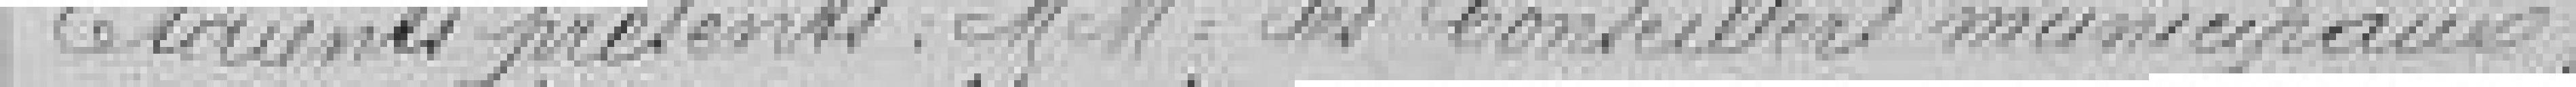
Étaient présents : Messieurs les Conseillers Municipaux